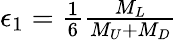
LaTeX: \begin{array}{r}{\epsilon_{1}=\frac{1}{6}\frac{M_{L}}{M_{U}+M_{D}}}\end{array}